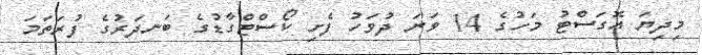
މިދިޔަ އޮގަސްޓު މަހުގެ 14 ވަނަ ދުވަހު ފެށި ކޯސްޓްގާޑުގެ ބަނދަރުގެ ފުރަތަމަ